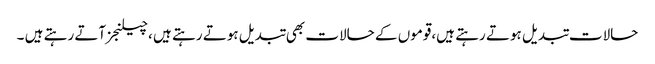
حالات تبدیل ہوتے رہتے ہیں،قوموں کے حالات بھی تبدیل ہوتے رہتے ہیں ،چیلنجز آتے رہتے ہیں ۔